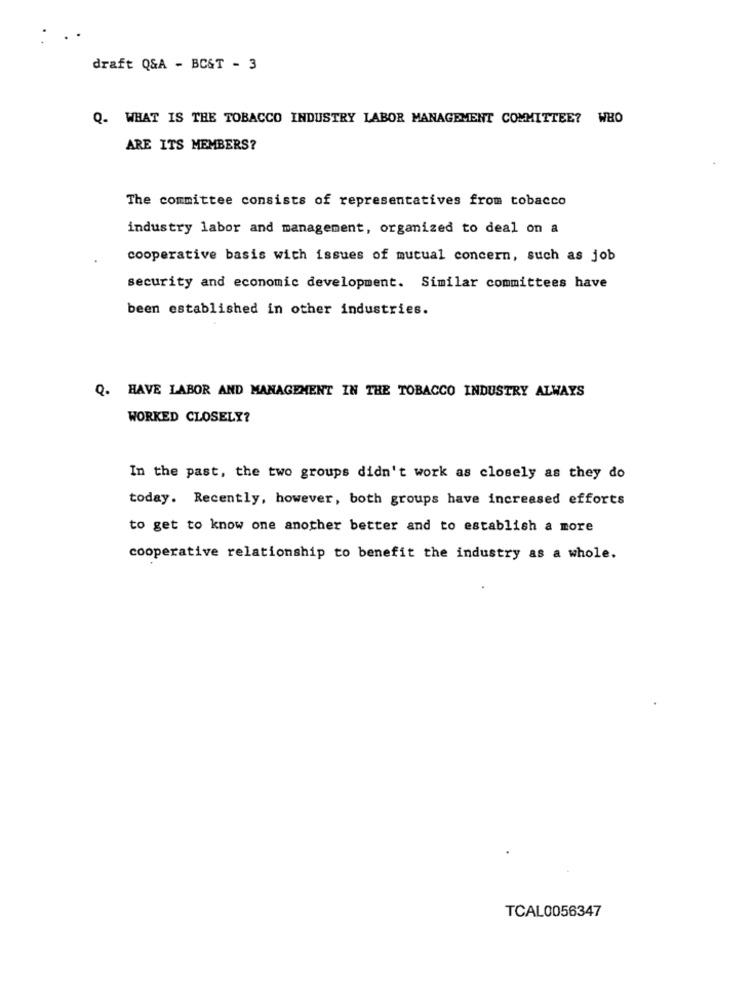
draft Q&A - BC&T - 3
Q. WHAT IS THE TOBACCO INDUSTRY LABOR MANAGEMENT COMMITTEE? WHO
ARE ITS MEMBERS?
The committee consists of representatives from tobacco
industry labor and management, organized to deal on a
cooperative basis with issues of mutual concern, such as job
security and economic development. Similar committees have
been established in other industries.
Q. HAVE LABOR AND MANAGEMENT IN THE TOBACCO INDUSTRY ALWAYS
WORKED CLOSELY?
In the past, the two groups didn't work as closely as they do
today. Recently, however, both groups have increased efforts
to get to know one another better and to establish a more
cooperative relationship to benefit the industry as a whole.
TCAL0056347